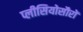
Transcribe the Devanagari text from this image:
प्लीसियोसौरों